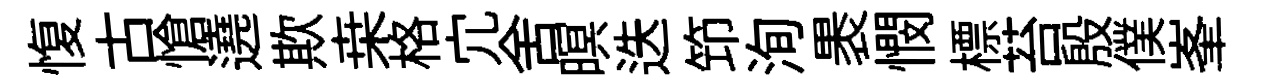
愎古愴遶欺桒格宂舍暝迭笻洵褁憫標苔殷僕峯